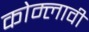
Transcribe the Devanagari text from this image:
कोम्लावी